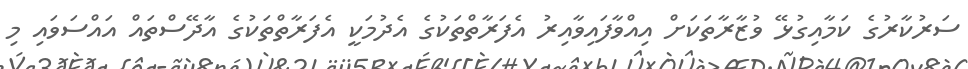
ސަރުކާރުގެ ކަމާއިގުޅޭ ވުޒާރާތަކަށް އިއްވާފައިވާއިރު އެފަރާތްތަކުގެ އެދުމަކީ އެފަރާތްތަކުގެ އާދޭސްތައް އައްސަވައި މި